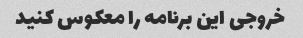
خروجی این برنامه را معکوس کنید